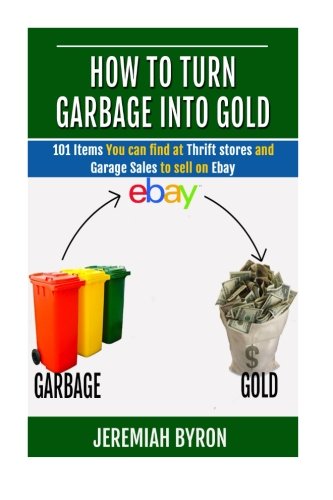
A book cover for How to turn Garbage into Gold: 101 Items You can find at Thrift stores and Garage Sales to sell on Ebay (Volume 1); Jeremiah Byron; Computers & Technology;